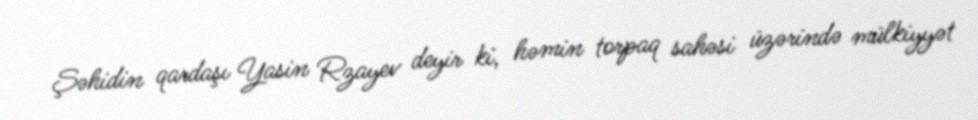
Şəhidin qardaşı Yasin Rzayev deyir ki, həmin torpaq sahəsi üzərində mülkiyyət